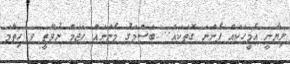
ލިޔާނީ އެމީހަކައް ފެންނަ ގޮތަކައް.. ބަސްމަގު މެންނައް ހަޖަމް ނުވާތީ ވ ހިތާމަ